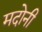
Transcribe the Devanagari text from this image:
मदोनी